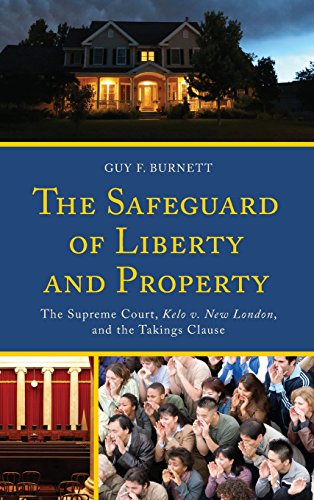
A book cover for The Safeguard of Liberty and Property: The Supreme Court, Kelo v. New London, and the Takings Clause; Guy F. Burnett; Law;